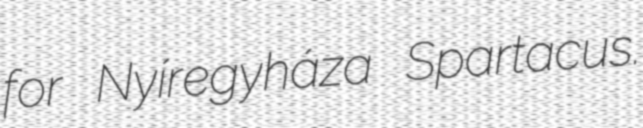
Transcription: for Nyíregyháza Spartacus.